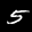
Label: 5